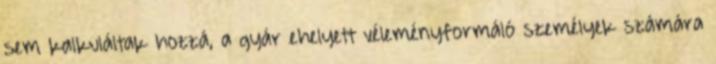
sem kalkuláltak hozzá, a gyár ehelyett véleményformáló személyek számára